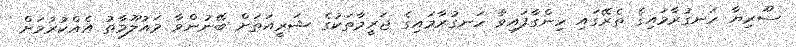
ސޫރިޔާ ހަނގުރާމައިގެ ތެރޭގައި ހިންގާފައިވާ ހަނގުރާމައިގެ ޖަރީމާތަކުގެ ޝަރީއަތަށް ބޭނުންވާ މައުލޫމާތު އެއްކުރުމަށް